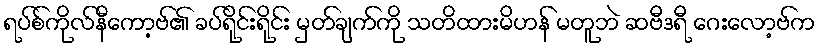
ရပ်စ်ကိုလ်နီကော့ဗ်၏ ခပ်ရိုင်းရိုင်း မှတ်ချက်ကို သတိထားမိဟန် မတူဘဲ ဆဗီဒရီ ဂေးလော့ဗ်က